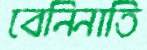
বেনিনাতি